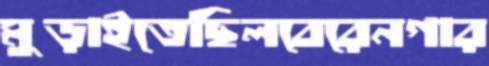
মুড়াইতেছিলবেরেনগার